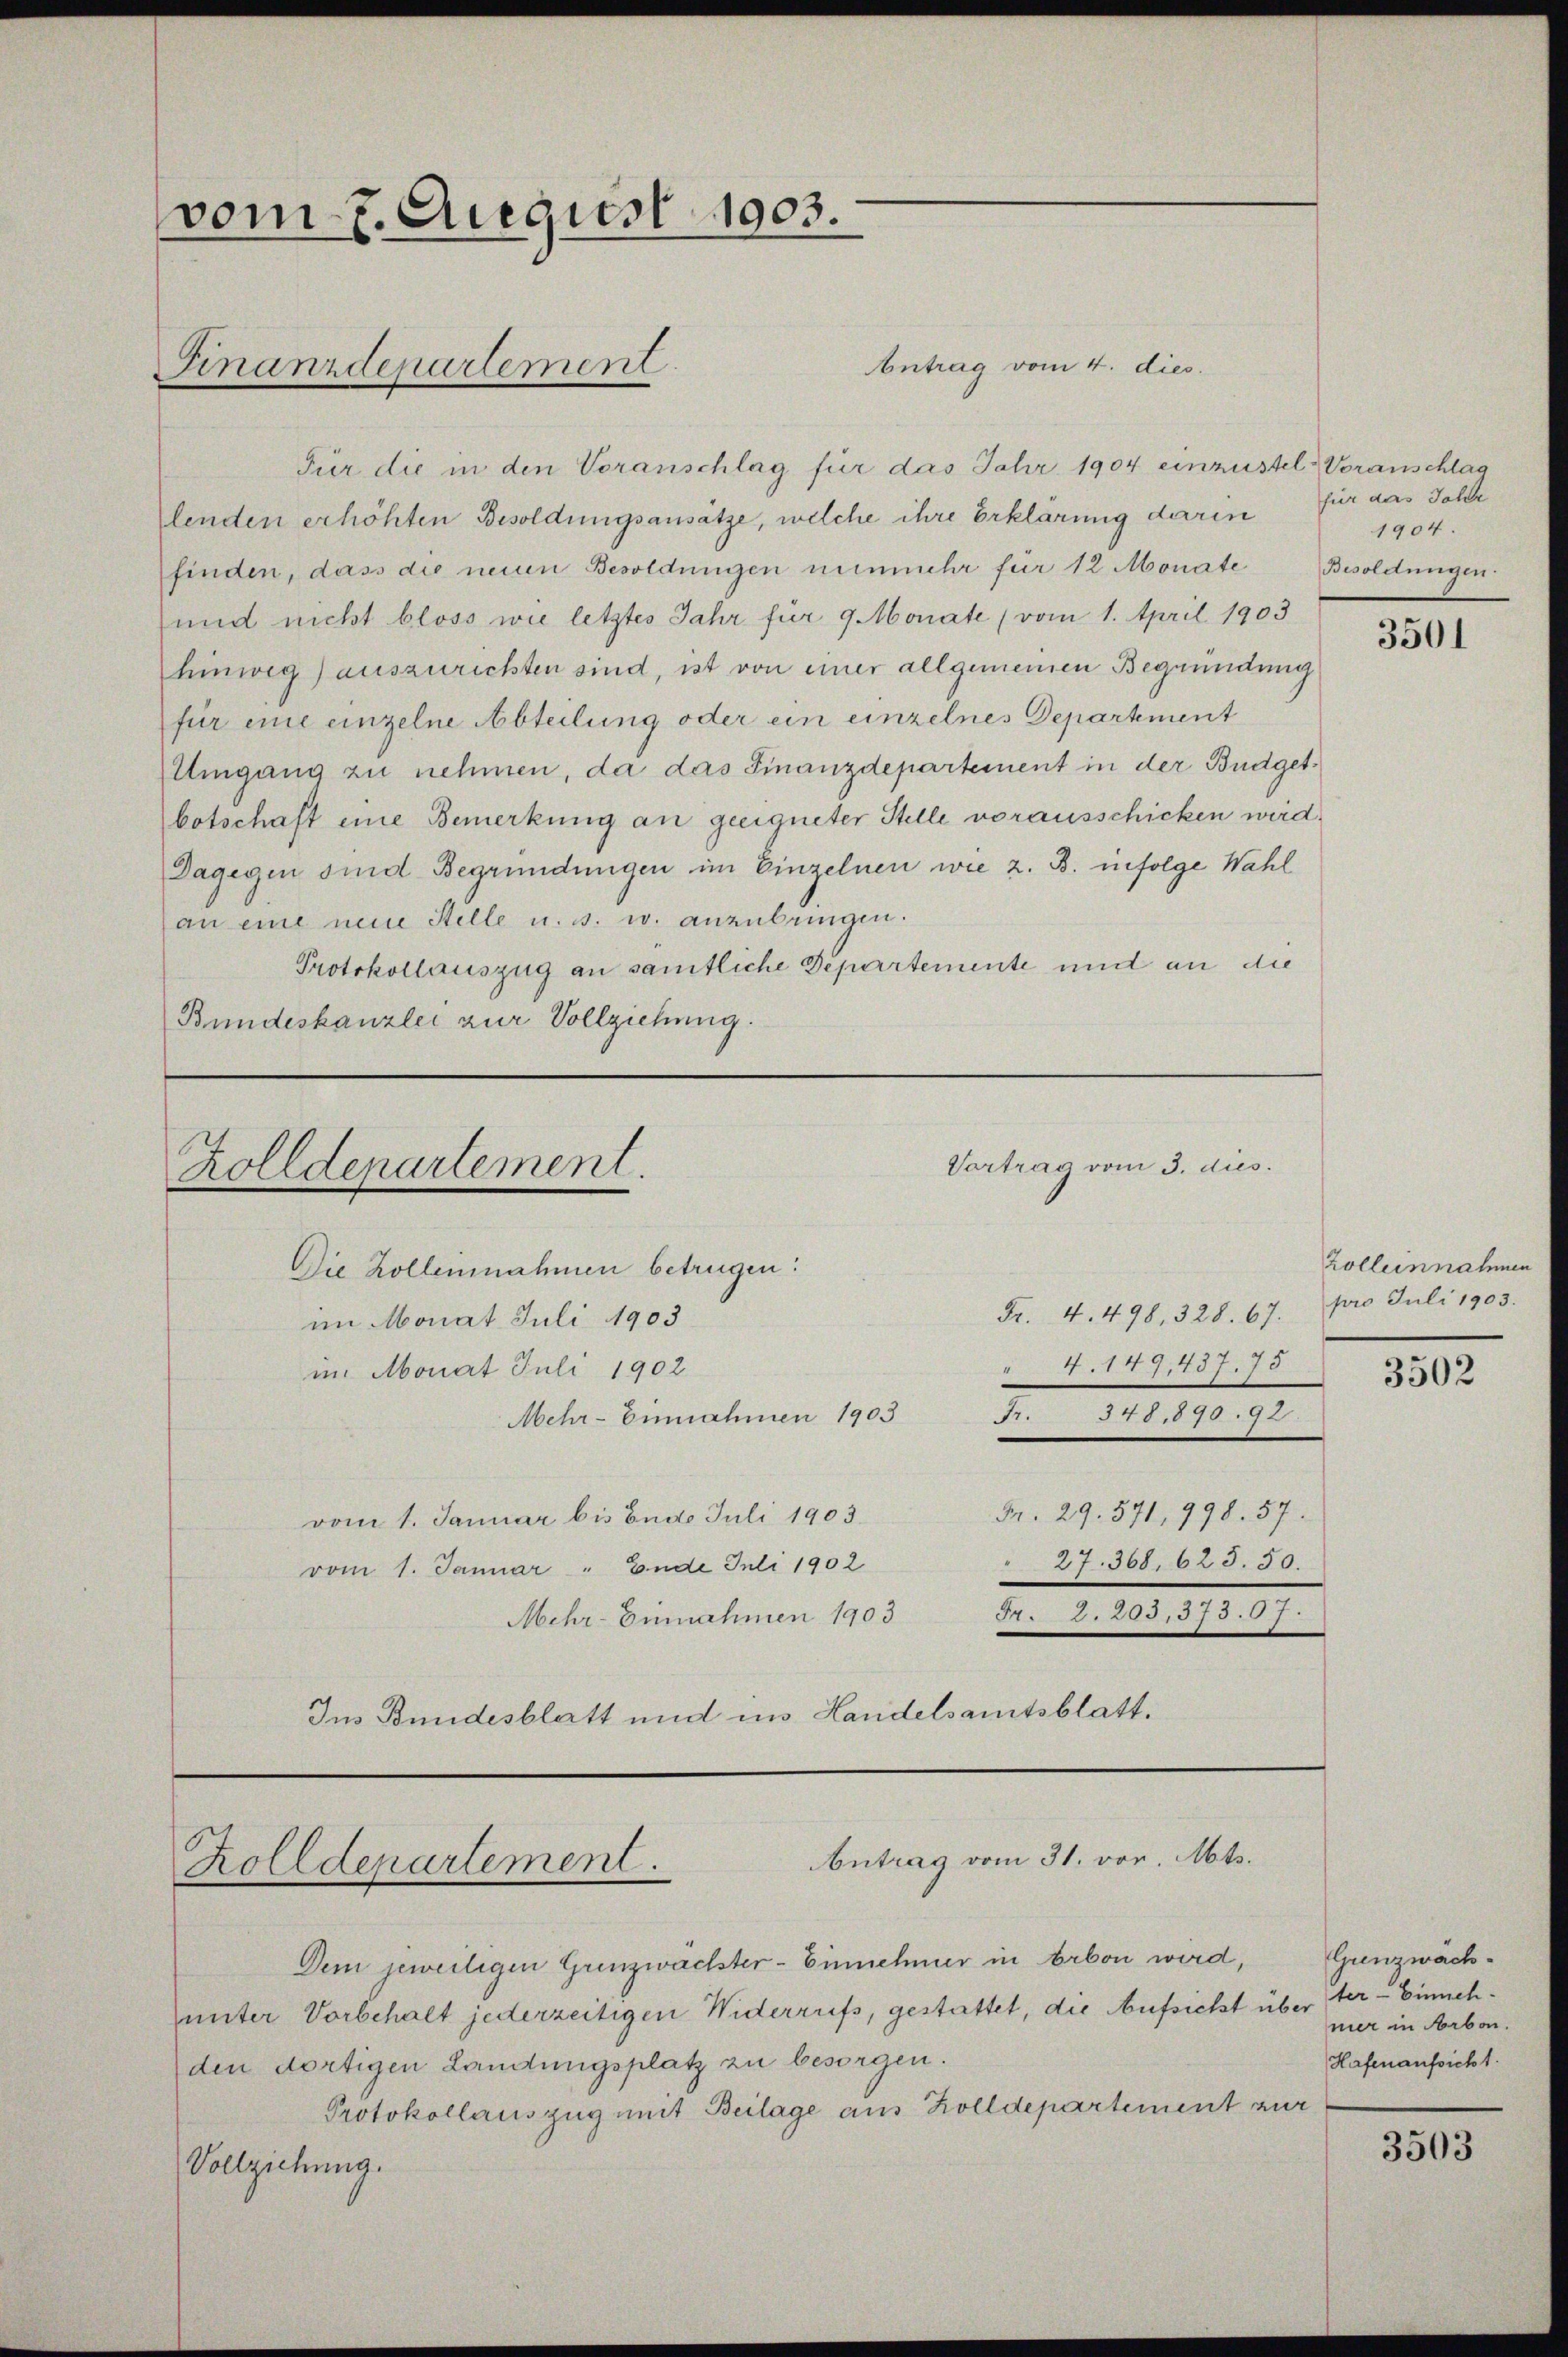
vom 7. August 1903.
Finanzdepartement

Antrag vom 4. dies
Für die in den Voranschlag für das Jahr 1904 einzustel Voranschlag
lenden erhöhten Besoldungsansätze, welche ihre Erklärung darin
finden, dass die neuen Besoldungen nunmehr für 12 Monate Besoldungen
und nicht bloss wie letztes Jahr für 9 Monate (vom 1. April 1903
hinweg auszurichten sind, ist von einer allgemeinen Begründung
für eine einzelne Abteilung oder ein einzelnes Departement
Umgang zu nehmen, da das Finanzdepartement in der Budgetbotschaft eine Bemerkung an geeigneter Stelle vorausschicken wird,
Dagegen sind Begründungen im Einzelnen wie z. B. infolge Wahl
an eine neue Stelle u. s. w. anzubringen.
Protokollauszug an samtliche Departemente und an die
Bundeskanzlei zur Vollziehung.
Vortrag vom 3. dies
Zolldepartement.

Die Kollensnahmen betrügen:
Fr. 4. 498, 328. 67.
im Monat Juli 1903
im Monat Juli 1902
Mehr-Einnahmen 1903
Fr. 29. 571, 998. 57.
vom 1. Januar bis Ende Juli 1903.
27308,628. 30.
vom 1. Januar " Ende Juli 1902
A.2.235,5767
Mehr-Einnahmen 1903
Ins Bundesblatt und ins Handelsamtsblatt.

Zolleinnahmen
pro Juli 1903.
3502

" 4.147, 457. 75
370,070 921.

Antrag vom 31. vor. Mts.
Zolldepartement.

Dem jeweiligen Grenzwächster-Einnehmer in Arbon wird,
unter Vorbehalt jederzeitigen Widerreiss, gestattet, die Aufsicht über der - Einnehden dortigen Landungsplatz zu besorgen.
Protokollauszug mit Beilage aus Zolldepartement zur
Vollziehung.

Gunzwäch
nier in Arbon.
Hafenaufsicht.

für das Jahr
1904.

3501

3503